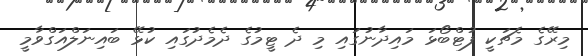
މިރޭގެ މެޗަކީ ފުޓްބޯޅަ މައިދާނުގައި މި ދެ ޓީމުގެ ދެމެދުގައި ކުޅޭ ބައިނަލްއަގްވާމީ